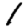
Digit: 1